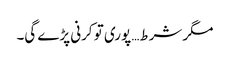
مگر شرط… پوری تو کرنی پڑے گی۔